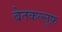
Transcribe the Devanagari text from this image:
बेतकल्लुफ़